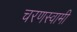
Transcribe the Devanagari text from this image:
चरणस्वामी